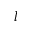
l